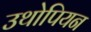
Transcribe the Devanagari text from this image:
उथोपियन